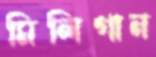
মিলিগান